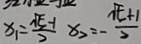
x _ { 1 } = \frac { \sqrt { 5 } - 1 } { 2 } x _ { 2 } = - \frac { \sqrt { 5 } + 1 } { 2 }